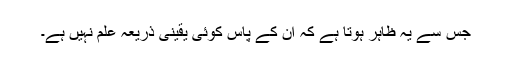
جس سے یہ ظاہر ہوتا ہے کہ ان کے پاس کوئی یقینی ذریعہ علم نہیں ہے۔